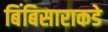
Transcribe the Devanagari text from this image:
बिंबिसाराकडे